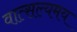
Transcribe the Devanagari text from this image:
वात्सल्यमय